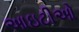
આઇટીઓ